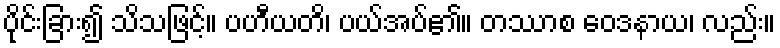
ပိုင်းခြား၍ သိသဖြင့်။ ပဟီယတိ၊ ပယ်အပ်၏။ တဿာစ ဝေဒနာယ၊ လည်း။